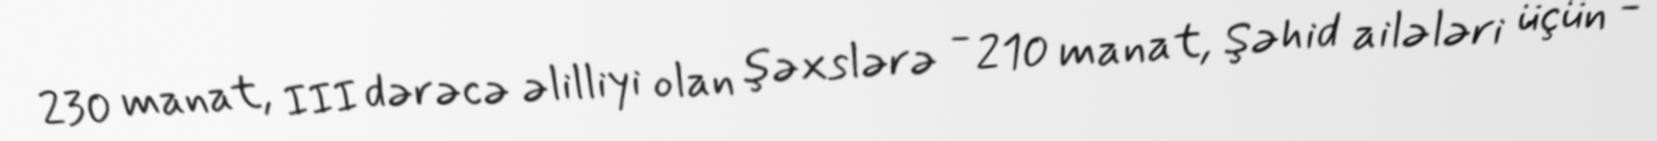
230 manat, III dərəcə əlilliyi olan şəxslərə - 210 manat, Şəhid ailələri üçün -